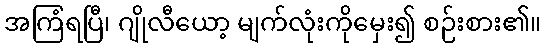
အကြံရပြီ၊ ဂျိုလီယော့ မျက်လုံးကိုမှေး၍ စဉ်းစား၏။